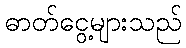
ဓာတ်ငွေ့များသည်